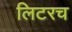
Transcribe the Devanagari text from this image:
लिटरच